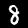
Label: 8